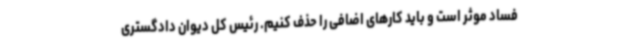
فساد موثر است و باید کارهای اضافی را حذف کنیم‌. رئیس کل دیوان دادگستری